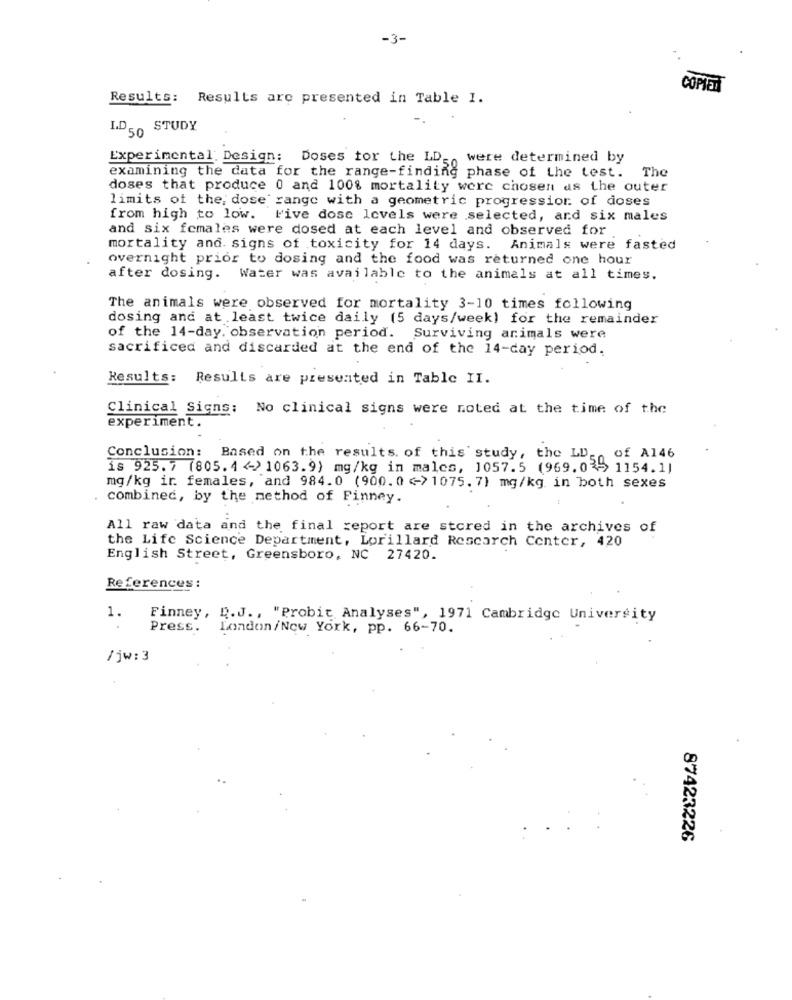
-3-
COPIET
Results: Results are presented in Table 1.
I.D 50 STUDY
Experimental Design: Doses for the LD-
were determined by
examining the data for the range-finding phase of the test. The
doses that produce 0 and 100% mortality were chosen as the outer
limits of the; dose range with a geometric progression of doses
from high to low. Five dose levels were selected, and six males
and six females were dosed at each level and observed for
mortality and. signs of toxicity for 14 days. Animals were fasted
overnight prior to dosing and the food was returned one hour
after dosing. Water was available to the animals at all times.
The animals were observed for mortality 3-10 times following
dosing and at least twice daily (5 days/week) for the remainder
of the 14-day. observation period. Surviving animals were
sacrificed and discarded at the end of the 14-day period.
Results: Results are presented in Table II.
Clinical Signs: No clinical signs were noted at the time of the
experiment.
Conclusion: Based on the results of this study, the LD, of A146
is 925.7 (805.4 <- > 1063.9) mg/kg in males, 1057.5 (969.03) 1154.1)
mg/kg ir. females, and 984.0 (900.0 ->1075.7) mg/kg in both sexes
combined, by the method of Finney.
All raw data and the final report are stored in the archives of
the Life Science Department, Lorillard Research Center, 420
English Street, Greensboro, NC 27420.
References :
1.
Finney, R.J ., "Probit Analyses", 1971 Cambridge University
Press.
London/New York, pp. 66-70.
/jw: 3
87423226